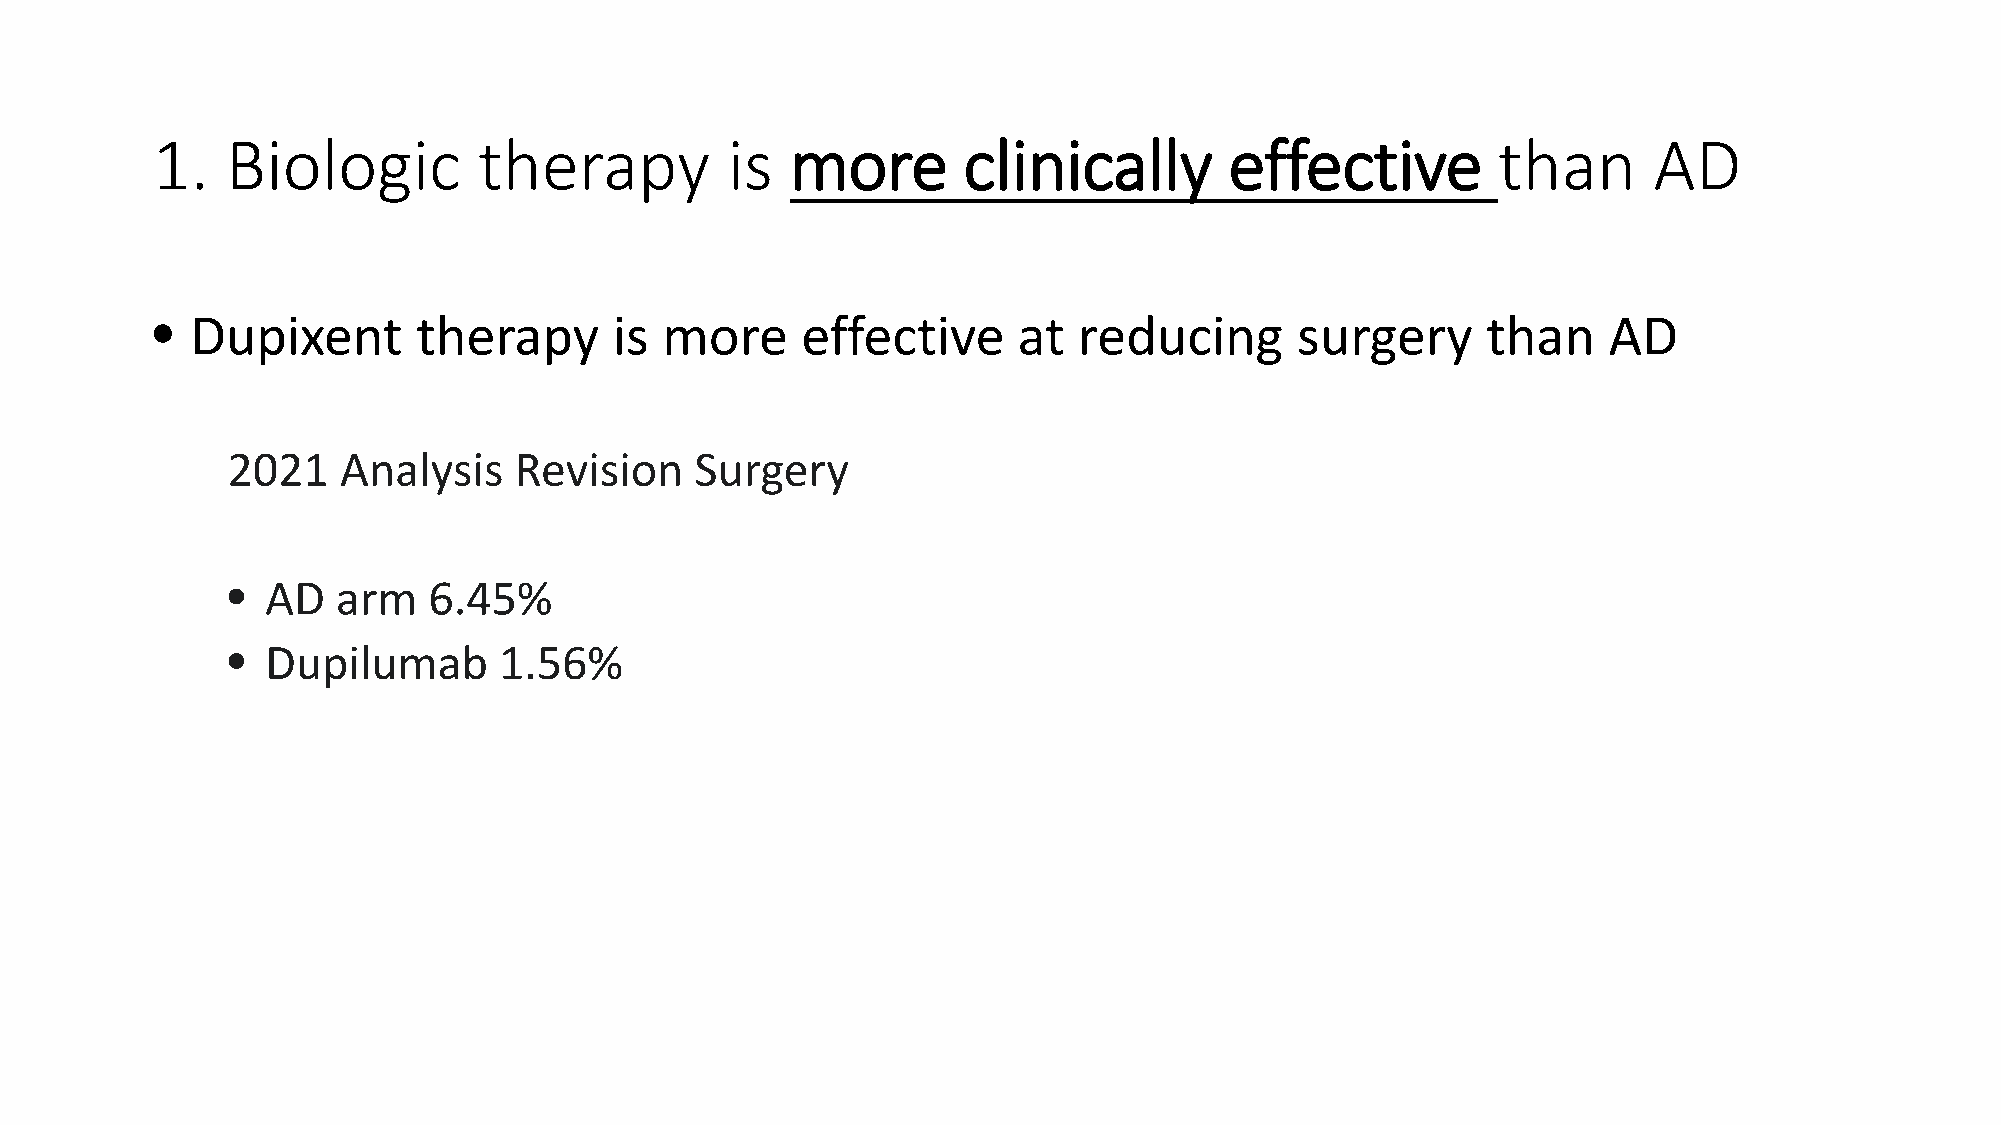
1.   Biologic         therapy         is  more        clinically       effective         than      AD
 •  Dupixent       therapy      is more     effective     at  reducing       surgery     than    AD
 2021   Analysis    Revision    Surgery
 •  AD  arm   6.45%
 •  Dupilumab      1.56%